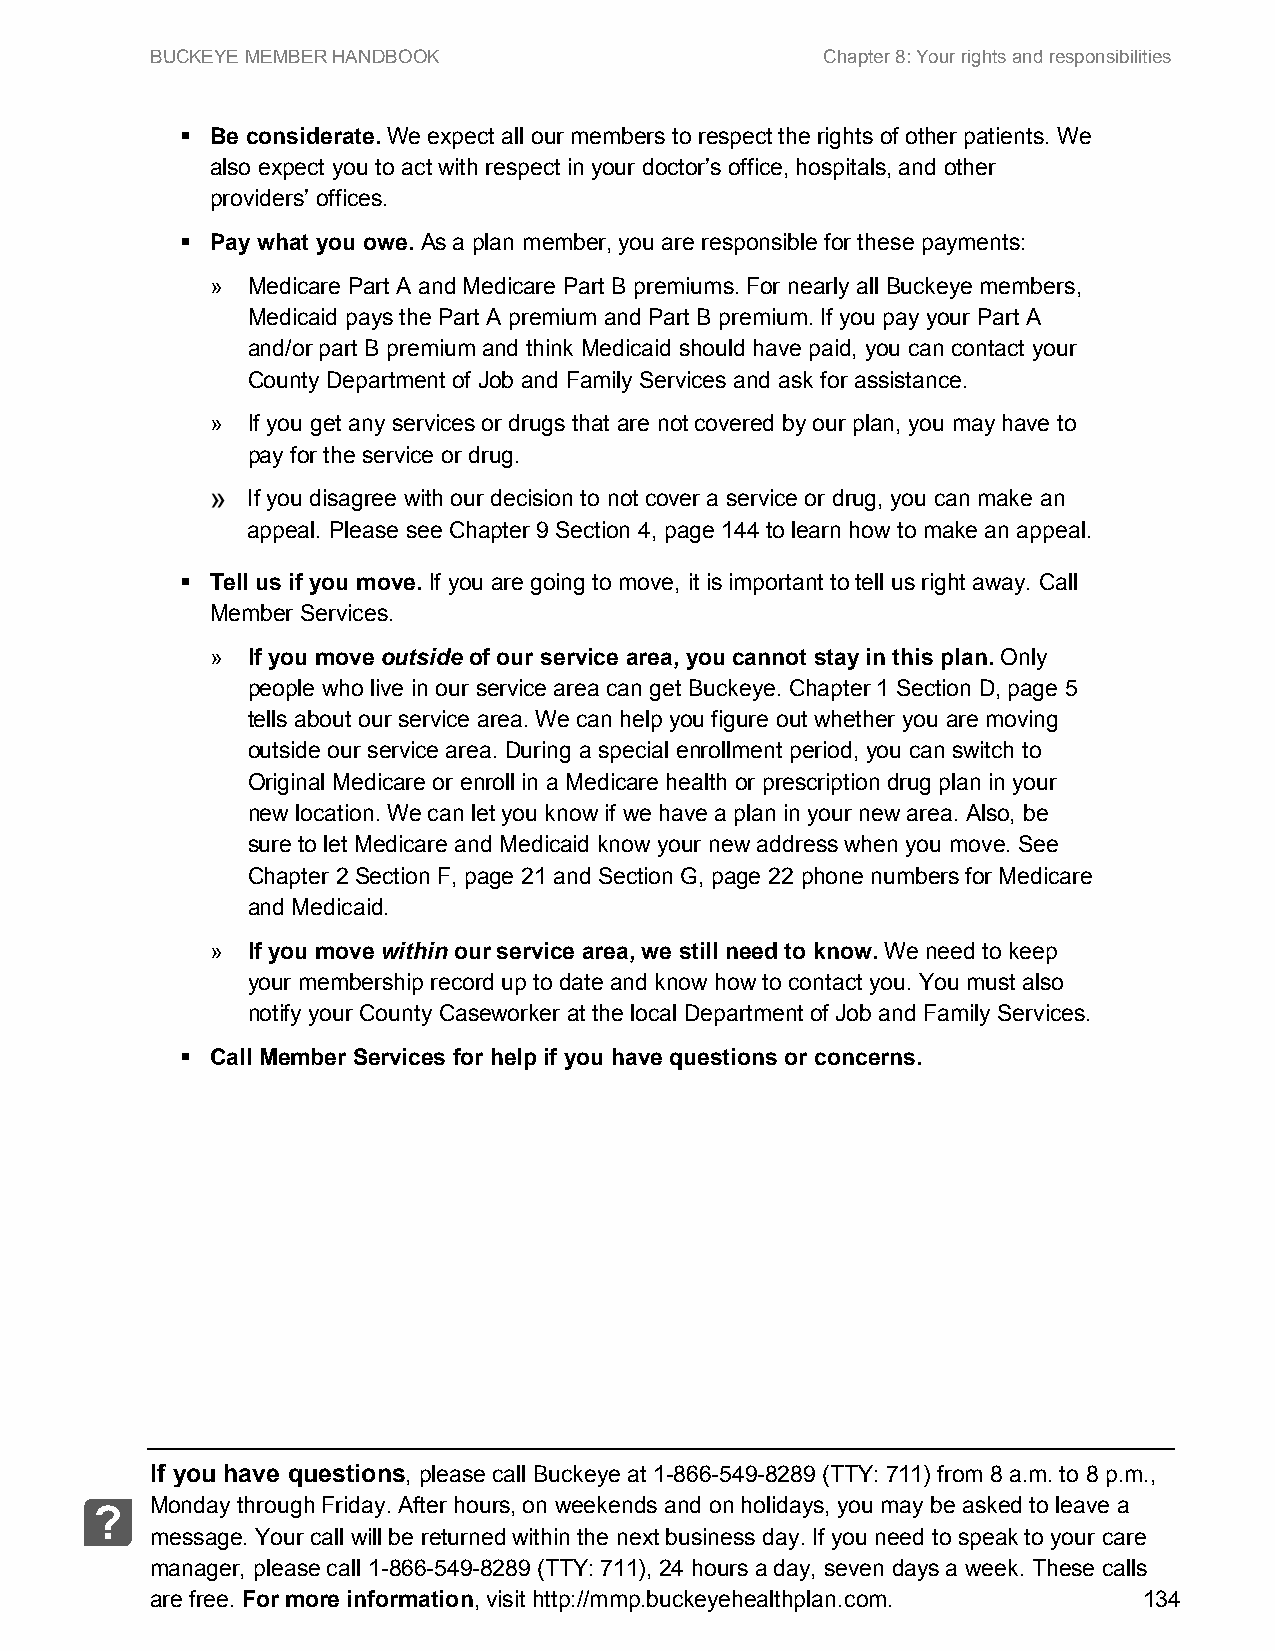
BUCKEYE MEMBER HANDBOOK                      Chapter 8: Your rights and responsibilities
  Be considerate. We expect all our members to respect the rights of other patients. We
 also expect you to act with respect in your doctor’s office, hospitals, and other
 providers’ offices.
  Pay what you owe. As a plan member, you are responsible for these payments:
 » Medicare Part A and Medicare Part B premiums. For nearly all Buckeye members,
 Medicaid pays the Part A premium and Part B premium. If you pay your Part A
 and/or part B premium and think Medicaid should have paid, you can contact your
 County Department of Job and Family Services and ask for assistance.
 » If you get any services or drugs that are not covered by our plan, you may have to
 pay for the service or drug.
 If you disagree with our decision to not cover a service or drug, you can make an
 appeal. Please see Chapter 9 Section 4, page 144 to learn how to make an appeal.
  Tell us if you move. If you are going to move, it is important to tell us right away. Call
 Member Services.
 » If you move outside of our service area, you cannot stay in this plan. Only
 people who live in our service area can get Buckeye. Chapter 1 Section D, page 5
 tells about our service area. We can help you figure out whether you are moving
 outside our service area. During a special enrollment period, you can switch to
 Original Medicare or enroll in a Medicare health or prescription drug plan in your
 new location. We can let you know if we have a plan in your new area. Also, be
 sure to let Medicare and Medicaid know your new address when you move. See
 Chapter 2 Section F, page 21 and Section G, page 22 phone numbers for Medicare
 and Medicaid.
 » If you move within our service area, we still need to know. We need to keep
 your membership record up to date and know how to contact you. You must also
 notify your County Caseworker at the local Department of Job and Family Services.
  Call Member Services for help if you have questions or concerns.
 If you have questions, please call Buckeye at 1-866-549-8289 (TTY: 711) from 8 a.m. to 8 p.m.,
 Monday through Friday. After hours, on weekends and on holidays, you may be asked to leave a
 ?
 message. Your call will be returned within the next business day. If you need to speak to your care
 manager, please call 1-866-549-8289 (TTY: 711), 24 hours a day, seven days a week. These calls
 are free. For more information, visit http://mmp.buckeyehealthplan.com. 134